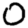
Digit: 0